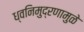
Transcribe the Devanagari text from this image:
ध्वनिमुद्रणामुळे